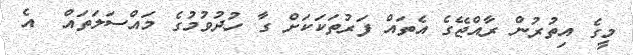
މީގެ އިތުރުން ރާއްޖޭގެ އެތައް ފަރުތަކަކަށް ގާ ހުދުވުމުގެ މައްސަލަތައް  އެ